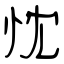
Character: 忱